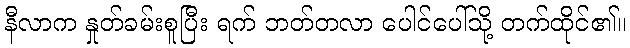
နီလာက နှုတ်ခမ်းစူပြီး ရက် ဘတ်တလာ ပေါင်ပေါ်သို့ တက်ထိုင်၏။